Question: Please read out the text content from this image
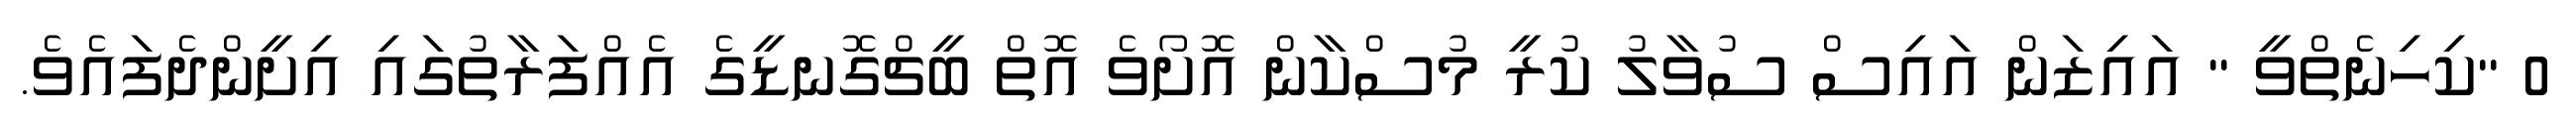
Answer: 0 "ކިހިނެތްވީ " އައިޒަން އައިސް ސުވާލު ކުރީ މުސްކާން އޮށޯވެ އޮތް ބީޗްގޮނޑީގެ އެއްފަރާތުގައި އިށީންދެފައެވެ.